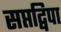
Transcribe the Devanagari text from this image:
सप्तद्विपा